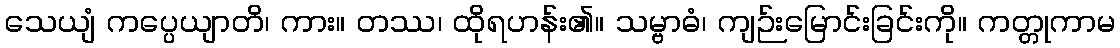
သေယျံ ကပ္ပေယျာတိ၊ ကား။ တဿ၊ ထိုရဟန်း၏။ သမ္ဗာဓံ၊ ကျဉ်းမြောင်းခြင်းကို။ ကတ္တုကာမ